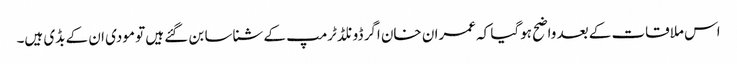
اس ملاقات کے بعد واضح ہوگیا کہ عمران خان اگر ڈونلڈ ٹرمپ کے شناسا بن گئے ہیں تو مودی ان کے بڈی ہیں۔